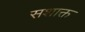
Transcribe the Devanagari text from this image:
सशाक्त